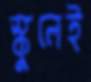
স্কুলেই